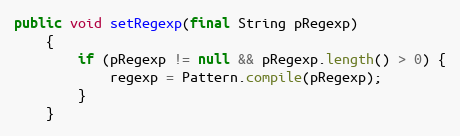
Language: Java
public void setRegexp(final String pRegexp)
    {
        if (pRegexp != null && pRegexp.length() > 0) {
            regexp = Pattern.compile(pRegexp);
        }
    }